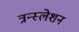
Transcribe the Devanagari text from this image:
त्रन्स्लेशन